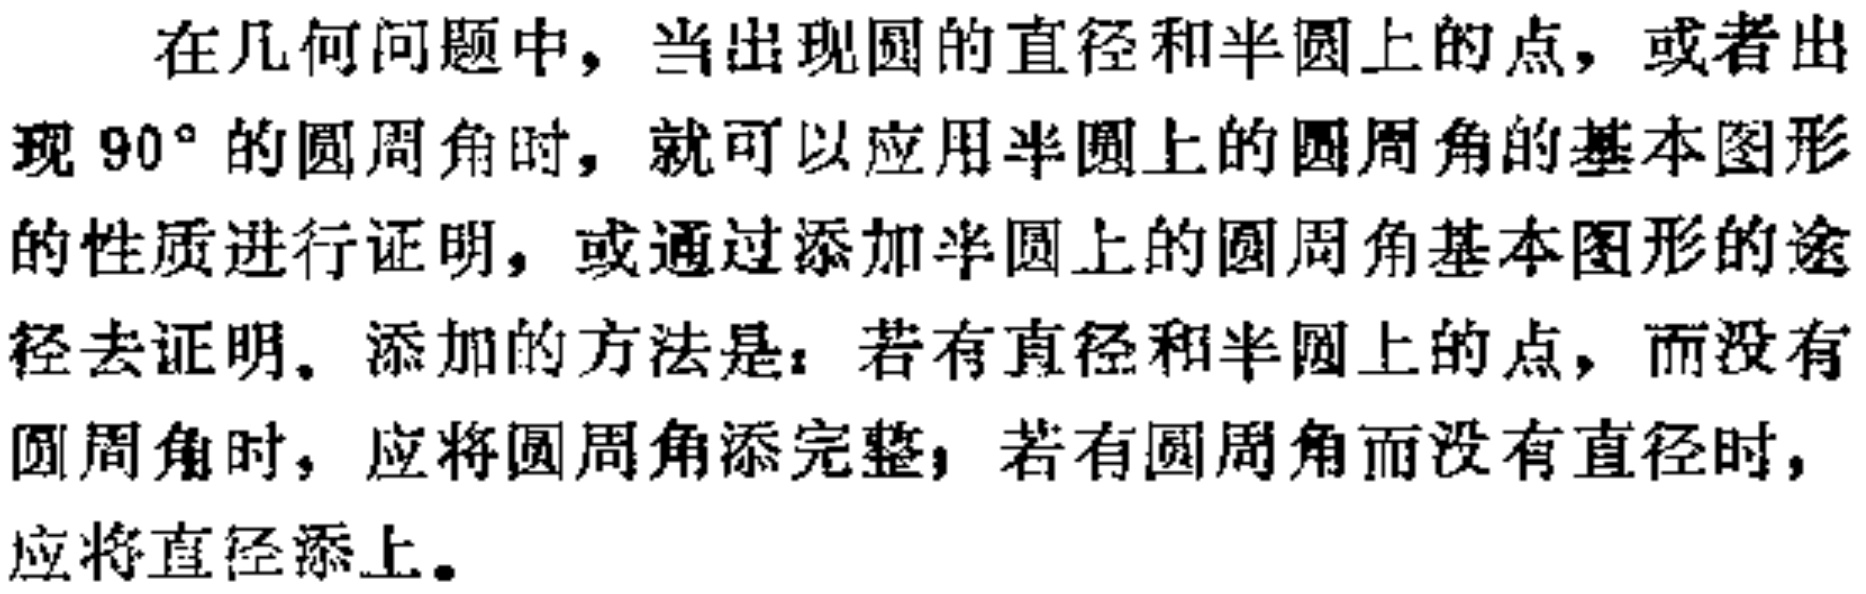
在几何问题中，当出现圆的直径和半圆上的点，或者出现\(90^{\circ}\)的圆周角时，就可以应用半圆上的圆周角的基本图形的性质进行证明，或通过添加半圆上的圆周角基本图形的途径去证明。添加的方法是：若有直径和半圆上的点，而没有圆周角时，应将圆周角添完整；若有圆周角而没有直径时，应将直径添上。